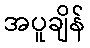
အပူချိန်